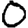
Digit: 0